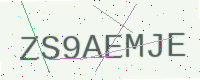
Text: ZS9AEMJE